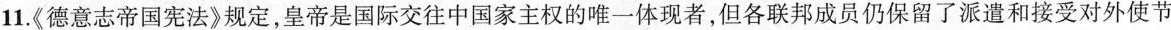
11.《德意志帝国宪法》规定，皇帝是国际交往中国家主权的唯一体现者，但各联邦成员仍保留了派遣和接受对外使节